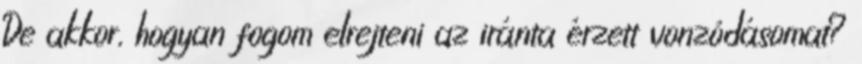
De akkor, hogyan fogom elrejteni az iránta érzett vonzódásomat?